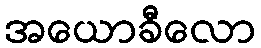
အယောခီလော